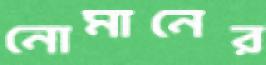
নোমানের